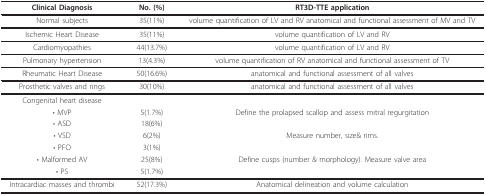
<table><thead><tr><td><b>Clinical Diagnosis</b></td><td><b>No. (%)</b></td><td><b>RT3D-TTE application</b></td></tr></thead><tbody><tr><td>Normal subjects</td><td>35(11%)</td><td>volume quantification of LV and RV anatomical and functional assessment of MV and TV</td></tr><tr><td>Ischemic Heart Disease</td><td>35(11%)</td><td>volume quantification of LV and RV</td></tr><tr><td>Cardiomyopathies</td><td>44(13.7%)</td><td>volume quantification of LV and RV</td></tr><tr><td>Pulmonary hypertension</td><td>13(4.3%)</td><td>volume quantification of RV anatomical and functional assessment of TV</td></tr><tr><td>Rheumatic Heart Disease</td><td>50(16.6%)</td><td>anatomical and functional assessment of all valves</td></tr><tr><td>Prosthetic valves and rings</td><td>30(10%)</td><td>anatomical and functional assessment of all valves</td></tr><tr><td>Congenital heart disease</td><td></td><td></td></tr><tr><td>• MVP</td><td>5(1.7%)</td><td>Define the prolapsed scallop and assess mitral regurgitation</td></tr><tr><td>• ASD</td><td>18(6%)</td><td></td></tr><tr><td>• VSD</td><td>6(2%)</td><td>Measure number, size&amp; rims.</td></tr><tr><td>• PFO</td><td>3(1%)</td><td></td></tr><tr><td>• Malformed AV</td><td>25(8%)</td><td>Define cusps (number &amp; morphology). Measure valve area</td></tr><tr><td>• PS</td><td>5(1.7%)</td><td></td></tr><tr><td>Intracardiac masses and thrombi</td><td>52(17.3%)</td><td>Anatomical delineation and volume calculation</td></tr></tbody></table>